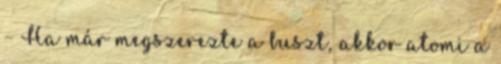
– Ha már megszerezte a buszt, akkor atomi a